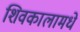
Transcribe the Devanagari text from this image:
शिवकालामधे